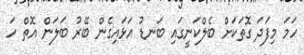
ހަމަ މިފަދަ ގޮތަކަށް ބެލްކަނީގައި ބަނޑު އަޅައިގެން ބޭރު ބަލަން އޮތް ހަ